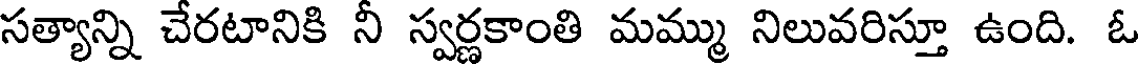
సత్యాన్ని చేరటానికి నీ స్వర్ణకాంతి మమ్ము నిలువరిస్తూ ఉంది. ఓ